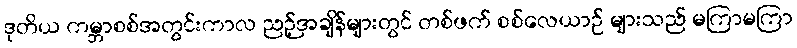
ဒုတိယ ကမ္ဘာစစ်အတွင်းကာလ ညဉ့်အချိန်များတွင် တစ်ဖက် စစ်လေယာဉ် များသည် မကြာမကြာ